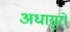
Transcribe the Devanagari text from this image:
अधासुरों